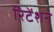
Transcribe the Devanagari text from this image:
रिटेंशन